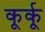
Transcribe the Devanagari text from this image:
कूर्कू